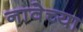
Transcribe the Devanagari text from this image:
नावेच्या